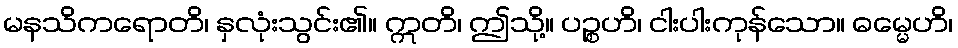
မနသိကရောတိ၊ နှလုံးသွင်း၏။ ဣတိ၊ ဤသို့။ ပဉ္စဟိ၊ ငါးပါးကုန်သော။ ဓမ္မေဟိ၊